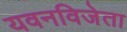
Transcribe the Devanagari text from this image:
यवनविजेता